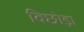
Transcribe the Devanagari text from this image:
विछोड़ा